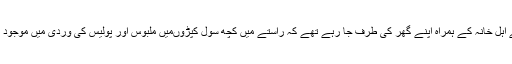
تفصیلات کے مطابق موصوف اپنے اہلِ خانہ کے ہمراہ اپنے گھر کی طرف جا رہے تھے کہ راستے میں کچھ سول کپڑوںمیں ملبوس اور پولیس کی وردی میں موجود اہلکاروں نے انہیں زبردستی اٹھا لیا۔